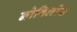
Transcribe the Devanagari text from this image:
नोबिलीस